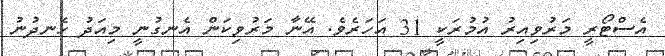
އެސްޓޯރީ މަރުވިއިރު އުމުރަކީ 31 އަހަރެވެ. އޭނާ މަރުވިކަން އެނގުނީ މިއަދު ހެނދުނު